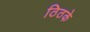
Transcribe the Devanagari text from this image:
ठिठके